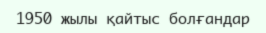
1950 жылы қайтыс болғандар